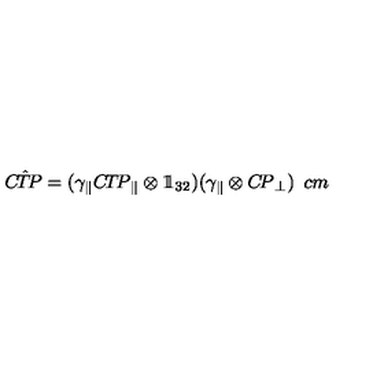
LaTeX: { \sl C \! \hat { T } \! P } = ( \gamma _ { \| } { \sl C \! T \! P } _ { \| } \otimes 1 \! \! 1 _ { 3 2 } ) ( \gamma _ { \| } \otimes { \sl C \! P } _ { \bot } ) \hspace { 5 c m }